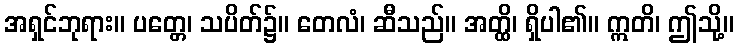
အရှင်ဘုရား။ ပတ္တေ၊ သပိတ်၌။ တေလံ၊ ဆီသည်။ အတ္ထိ၊ ရှိပါ၏။ ဣတိ၊ ဤသို့။